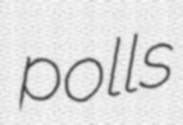
polls